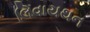
લિવાયથન